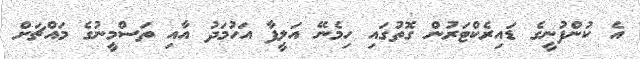
އެ ކުންފުނީގެ ޑައިރެކްޓަރުން ގޮތުގައި ހިމެނޭ އަލީފާ އަހުމަދު އާއި ތަސްމީނުގެ މައްޗަށް